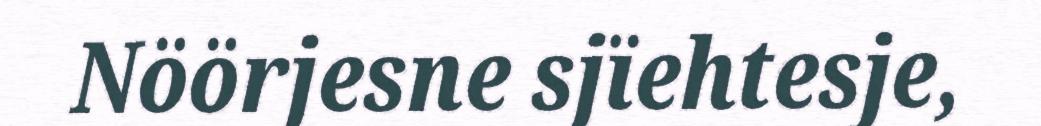
Nöörjesne sjïehtesje,